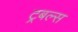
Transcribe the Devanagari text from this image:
ट्रबल्स